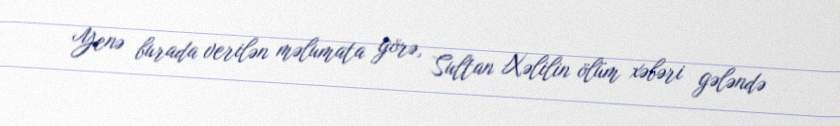
Yenə burada verilən məlumata görə, Sultan Xəlilin ölüm xəbəri gələndə